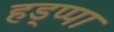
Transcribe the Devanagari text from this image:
हड्प्पा